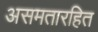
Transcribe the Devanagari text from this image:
असमतारहित